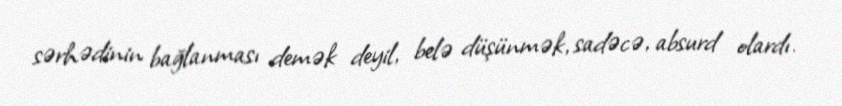
sərhədinin bağlanması demək deyil, belə düşünmək, sadəcə, absurd olardı.